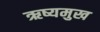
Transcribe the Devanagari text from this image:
ऋष्यमुख